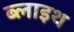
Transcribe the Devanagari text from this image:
ब्लाइथ